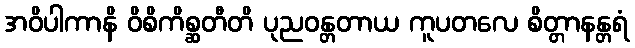
အဝိပါကာနိ ဝိစိကိစ္ဆတီတိ ပုညဝန္တတာယ ကူပတလေ စိတ္တာနန္တရံ